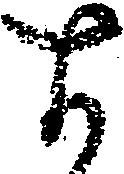
す